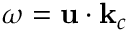
\omega = \mathbf { u } \cdot \mathbf { k } _ { c }